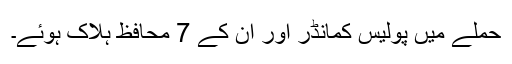
حملے میں پولیس کمانڈر اور ان کے 7 محافظ ہلاک ہوئے۔